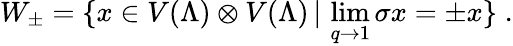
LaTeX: W_{\pm}=\{ x\in V(\Lambda)\otimes V(\Lambda)\, |\, \operatorname*{lim}_{q\rightarrow 1}\sigma x=\pm x\} \; .